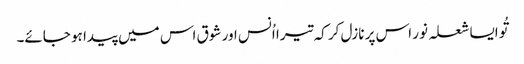
تُو ایسا شعلہ نور اس پر نازل کر کہ تیرا اُنس اور شوق اس میں پیدا ہو جائے۔